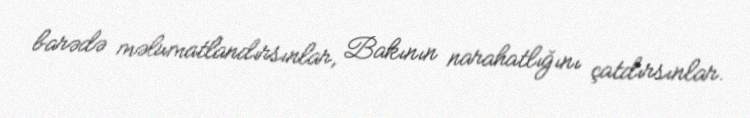
barədə məlumatlandırsınlar, Bakının narahatlığını çatdırsınlar.